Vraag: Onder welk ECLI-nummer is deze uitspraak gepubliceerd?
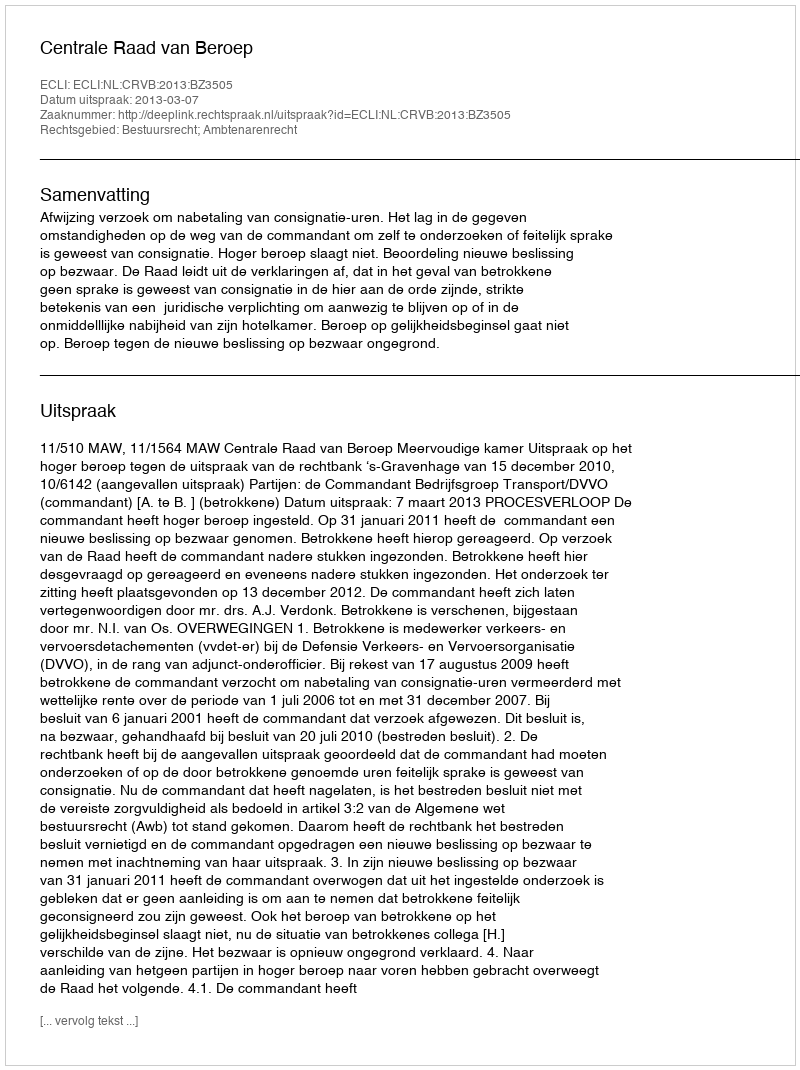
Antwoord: ECLI:NL:CRVB:2013:BZ3505